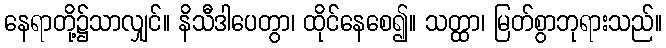
နေရာတို့၌သာလျှင်။ နိသီဒါပေတွာ၊ ထိုင်နေစေ၍။ သတ္ထာ၊ မြတ်စွာဘုရားသည်။